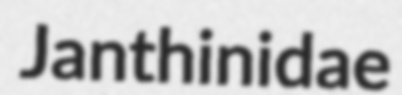
Janthinidae